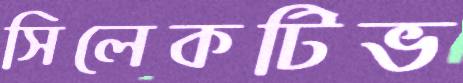
সিলেকটিভ